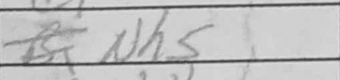
Transcription: Nh5